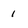
Character: 1